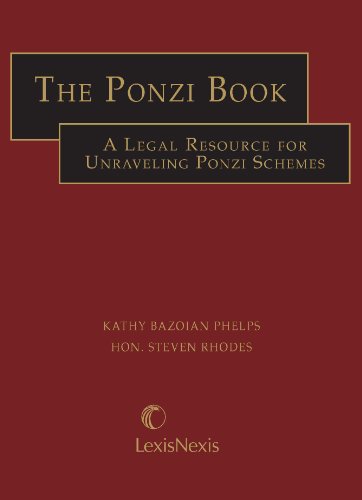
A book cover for The Ponzi Book: A Legal Resource for Unraveling Ponzi Schemes; Kathy Bazoian Phelps; Law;